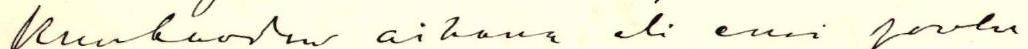
kuukauden aikana eli ensi joulu